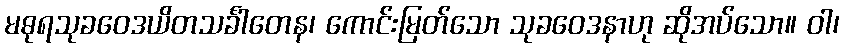
မဓုရသုခဝေဒယိတသင်္ခါတေန၊ ကောင်းမြတ်သော သုခဝေဒနာဟု ဆိုအပ်သော။ ဝါ၊